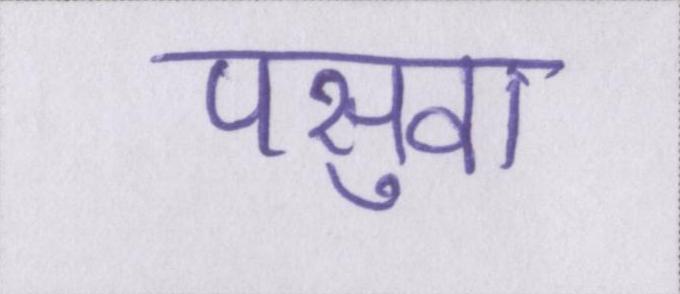
पसुवा